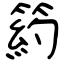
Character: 箹